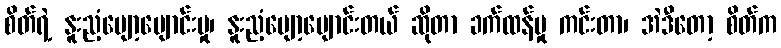
စိတ်ရဲ့ နူးညံ့ပျော့ပျောင်းမှု၊ နူးညံ့ပျော့ပျောင်းတယ် ဆိုတာ ခက်ထန်မှု ကင်းတာ၊ အဲဒီတော့ စိတ်က